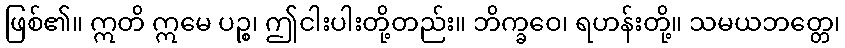
ဖြစ်၏။ ဣတိ ဣမေ ပဉ္စ၊ ဤငါးပါးတို့တည်း။ ဘိက္ခဝေ၊ ရဟန်းတို့။ သမယဘတ္တေ၊